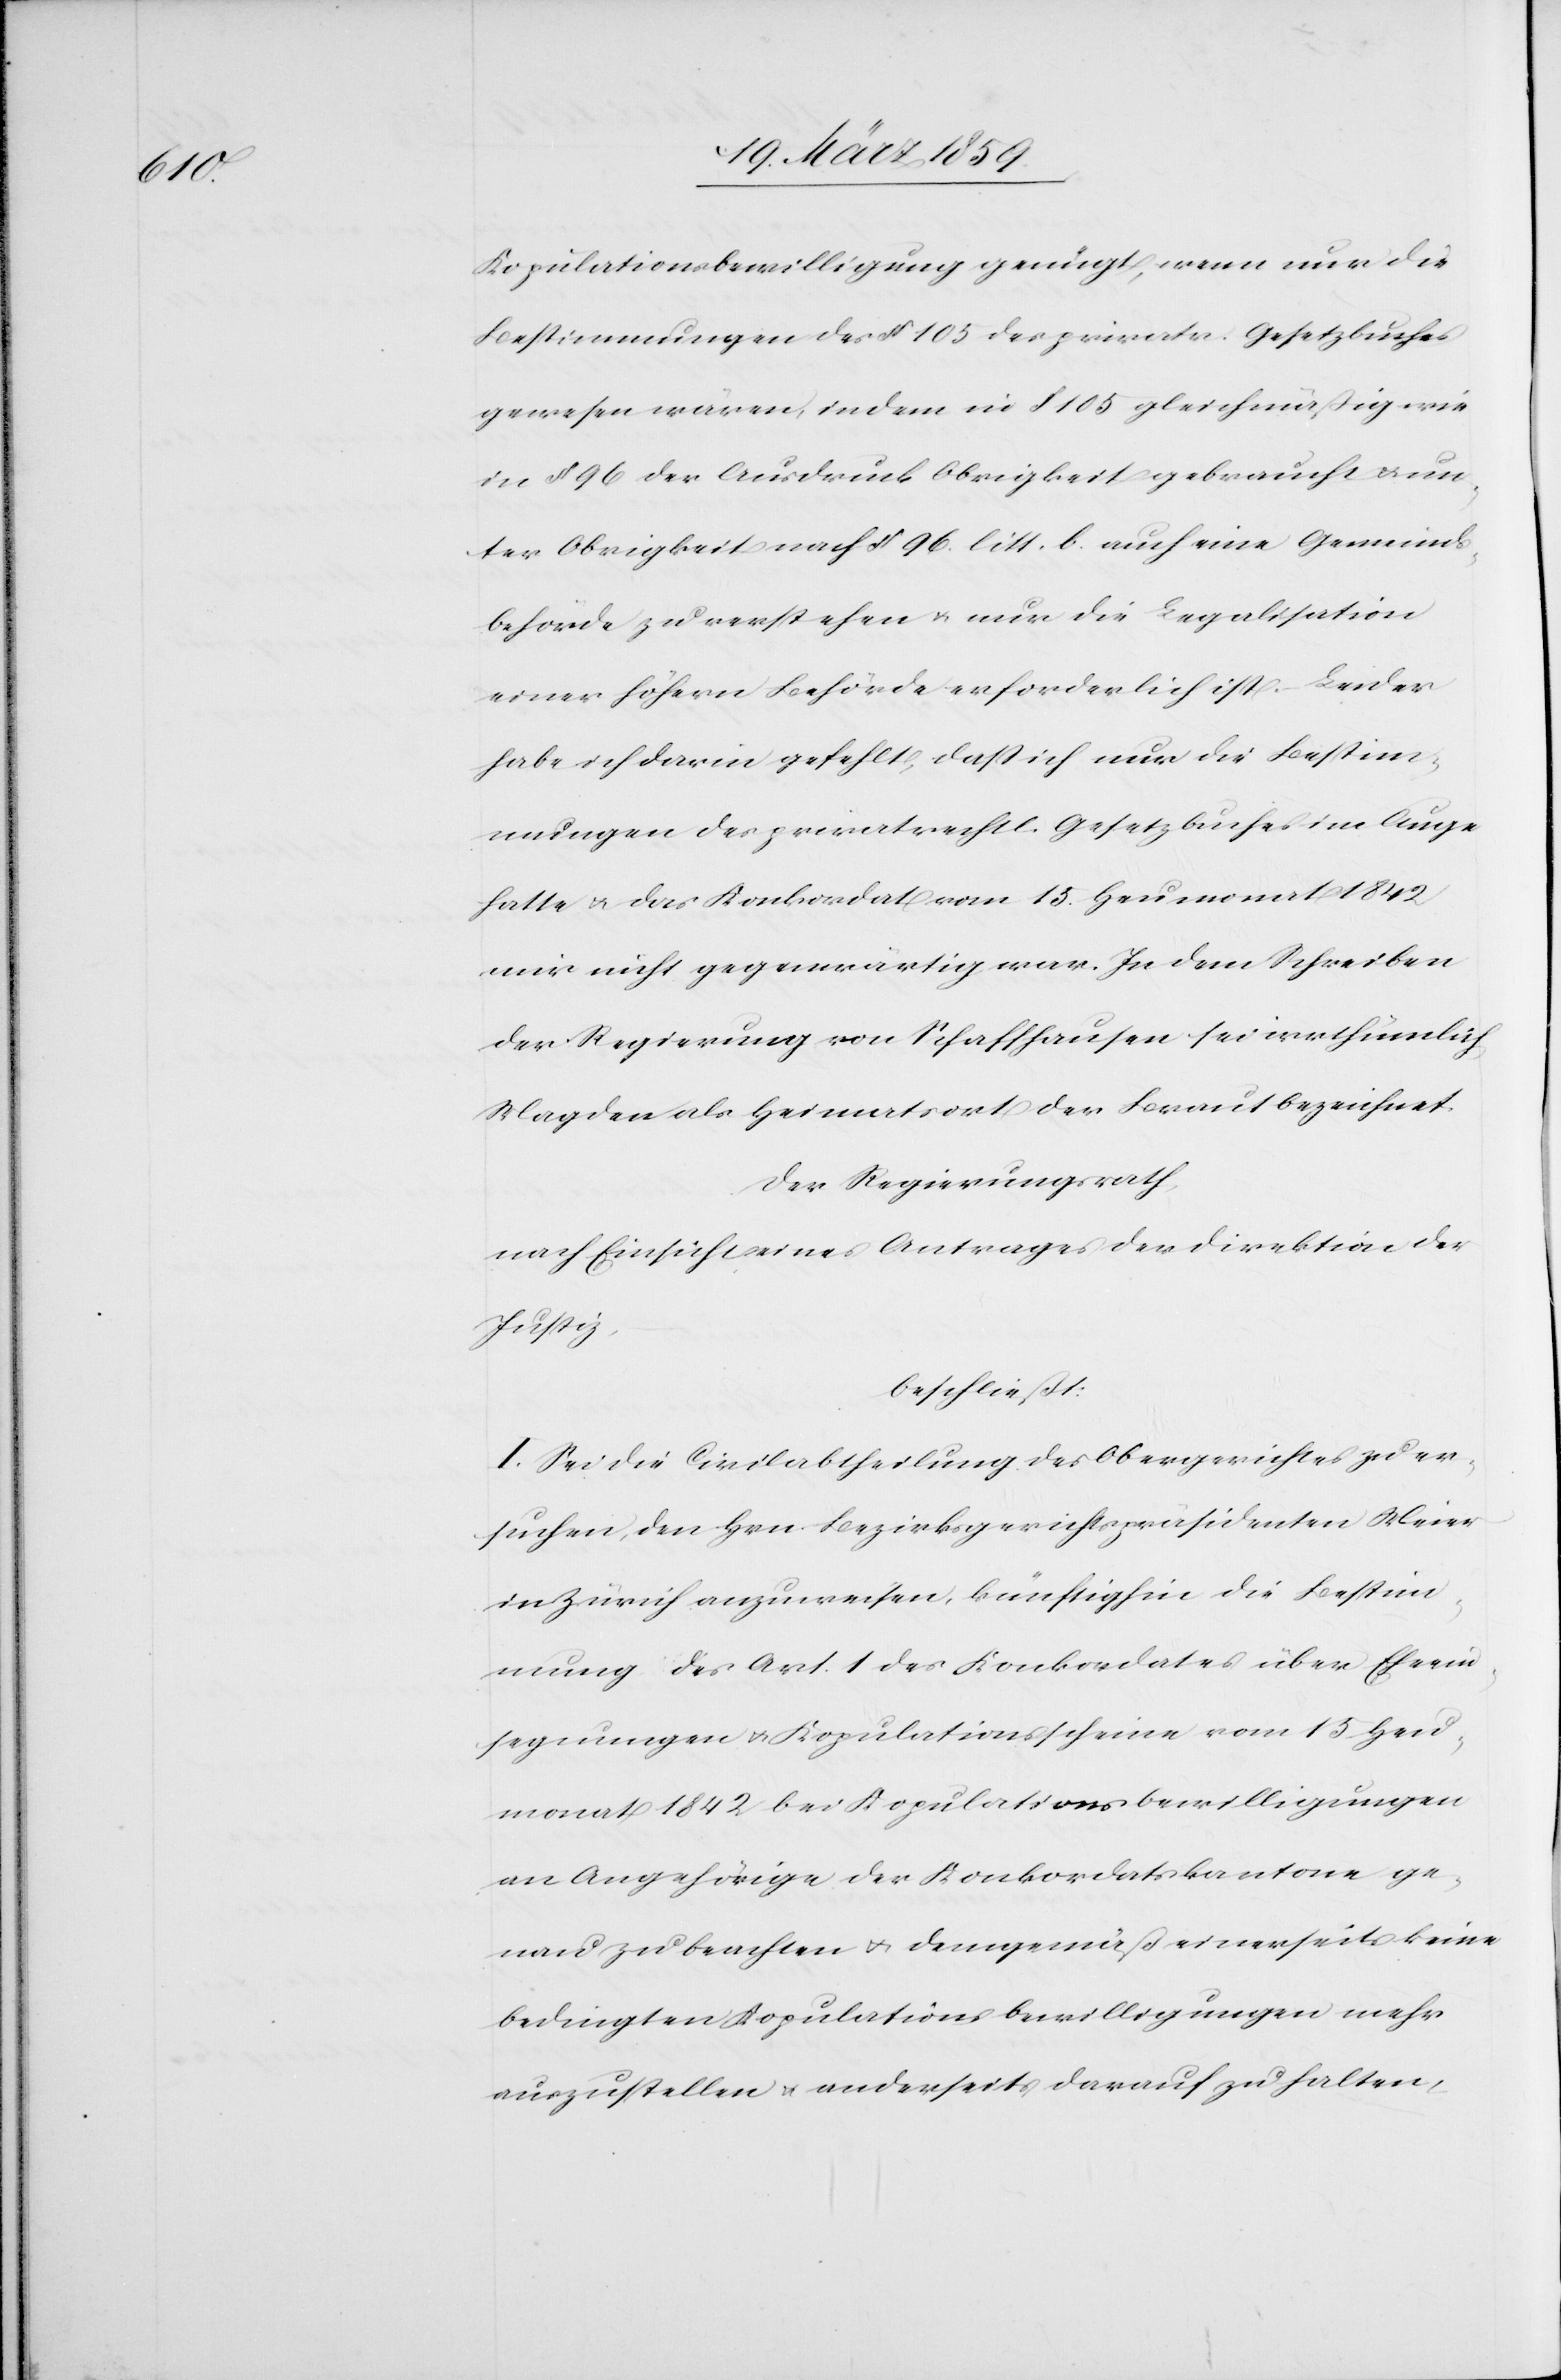
un¬

Kopulationsbewilligung genügt, wenn nur die
Bestimmungen des § 105 gleichmäßig wie in § 96 der Ausdruck
ter Obrigkeit nach § 96. litt. b. auch eine Gemeinds¬
behörde zu verstehen u. nur die Legalisation
einer höhern Behörde erforderlich ist. Leider
habe ich darin gefehlt, daß ich nur die Bestim¬
mungen des privatrechtl. Gesetzbuches im Auge
hatte u. das Konkordat vom 15. Heumonat 1842
mir nicht gegenwärtig war. In dem Schreiben
der Regierung von Schaffhausen sei irrthümlich
Magden als Heimatsort der Braut bezeichnet.
Der Regierungsrath,
nach Einsicht eines Antrages der Direktion der
Justiz,
beschließt:
I. Sei die Civilabtheilung des Obergerichtes zu er¬
suchen, den Hrn. Bezirksgerichtspräsidenten Meier
in Zürich anzuweisen, künftig hin die Bestim¬
mung des Art. 1 des Konkordates über Eheein¬
segnungen u. Kopulationsscheinen vom 15. Heu¬
monat 1842 bei Kopulationsbewilligungen
an Angehörige der Konkordatskantone ge¬
nau zu beachten u. demgemäß einerseits keine
bedingten Kopulationsbewilligungen mehr
auszustellen u. anderseits darauf zu halten,